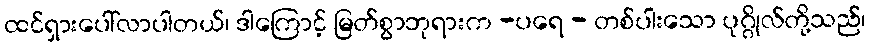
ထင်ရှားပေါ်လာပါတယ်၊ ဒါကြောင့် မြတ်စွာဘုရားက -ပရေ - တစ်ပါးသော ပုဂ္ဂိုလ်တို့သည်၊